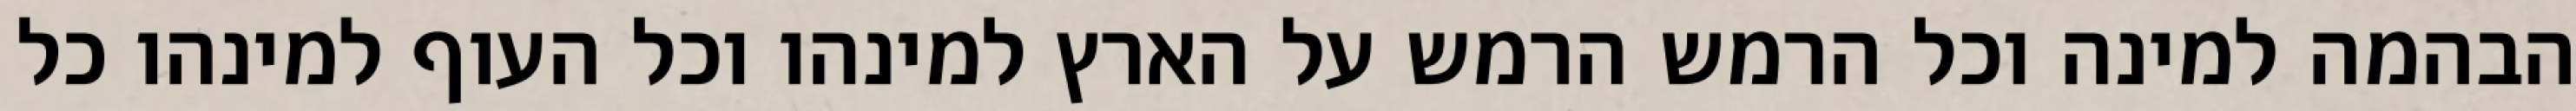
הבהמה למינה וכל הרמש הרמש על הארץ למינהו וכל העוף למינהו כל